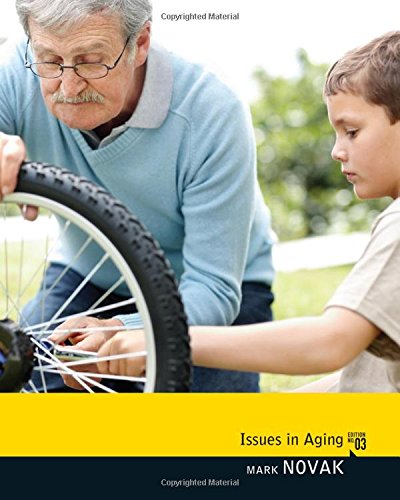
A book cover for Issues in Aging; Mark Novak; Politics & Social Sciences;